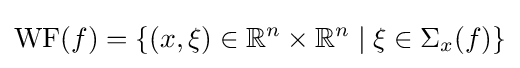
{\rm {WF}}(f)=\{(x,\xi )\in \mathbb {R} ^{n}\times \mathbb {R} ^{n}\mid \xi \in \Sigma _{x}(f)\}